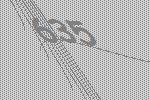
635